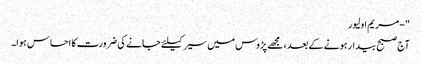
" - مریم اولیور
آج صبح بیدار ہونے کے بعد ، مجھے پڑوس میں سیر کیلئے جانے کی ضرورت کا احساس ہوا۔